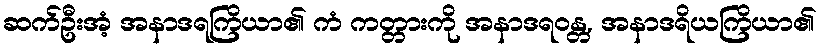
ဆက်ဦးအံ့ အနာဒရကြိယာ၏ ကံ ကတ္တားကို အနာဒရဝန္တ, အနာဒရိယကြိယာ၏